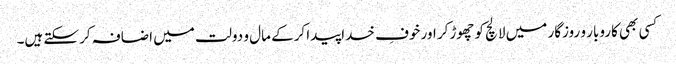
کسی بھی کاروبار و روزگار میں لالچ کو چھوڑکر اور خوفِ خداپیدا کرکے مال و دولت میں اضافہ کرسکتے ہیں۔